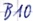
Text: B10